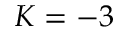
K = - 3